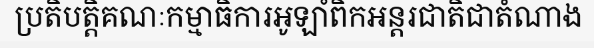
ប្រតិបត្តិគណៈកម្មាធិការអូឡាំពិកអន្តរជាតិជាតំណាង